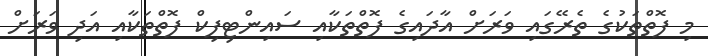
މި ފޮތްތަކުގެ ތެރޭގައި ވަރަށް އާދައިގެ ފޮތްތަކާއި ސައިންޓިފިކް ފޮތްތަކާއި އަދި ވަރަށް